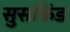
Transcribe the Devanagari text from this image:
सुसकिंड